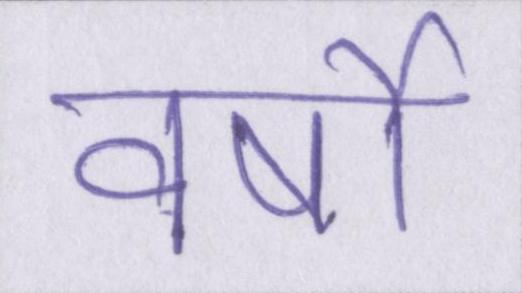
वर्षो